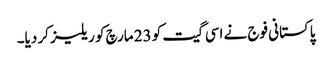
پاکستانی فوج نے اسی گیت کو 23 مارچ کو ریلیز کر دیا۔